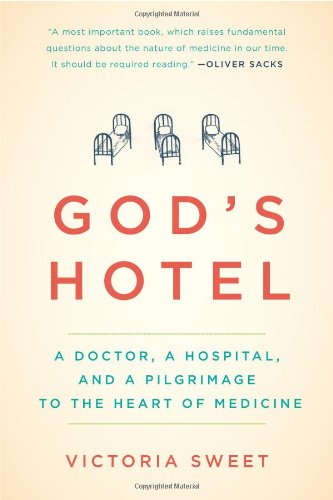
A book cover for God's Hotel: A Doctor, a Hospital, and a Pilgrimage to the Heart of Medicine; Victoria Sweet; Biographies & Memoirs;